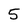
Character: 5